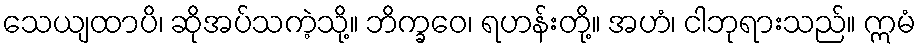
သေယျထာပိ၊ ဆိုအပ်သကဲ့သို့။ ဘိက္ခဝေ၊ ရဟန်းတို့။ အဟံ၊ ငါဘုရားသည်။ ဣမံ